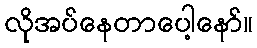
လိုအပ်နေတာပေါ့နော်။